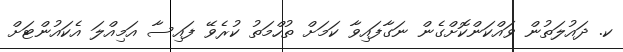
ކ. ދައުލަތުން ވައްކަންކޮށްގެން ނަގާފައިވާ ކަމަށް ތުހްމަތު ކުރެވޭ ފައިސާ އަމިއްލަ އެކައުންޓަށް